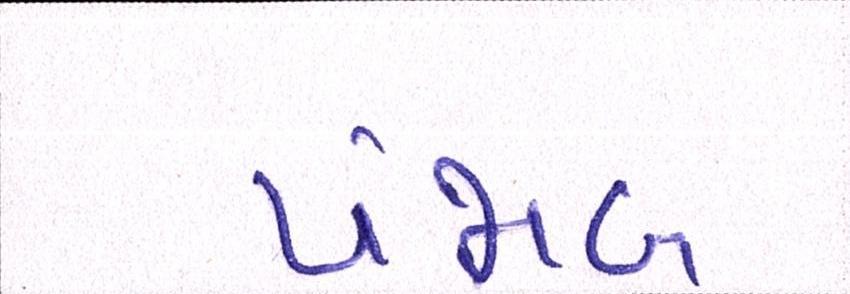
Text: પંજાબ